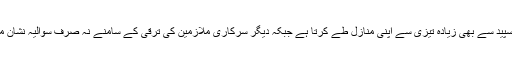
سی ایس ایس افسران کی ترقی کا سفر تو ہوا کی سپید سے بھی زیادہ تیزی سے اپنی منازل طے کرتا ہے جبکہ دیگر سرکاری ملازمین کی ترقی کے سامنے نہ صرف سوالیہ نشان موجود ہے بلکہ بڑا سا ’’فل سٹاپ لگا دیا جاتا ہے۔